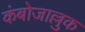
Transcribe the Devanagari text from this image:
कंबोजाल्लुक